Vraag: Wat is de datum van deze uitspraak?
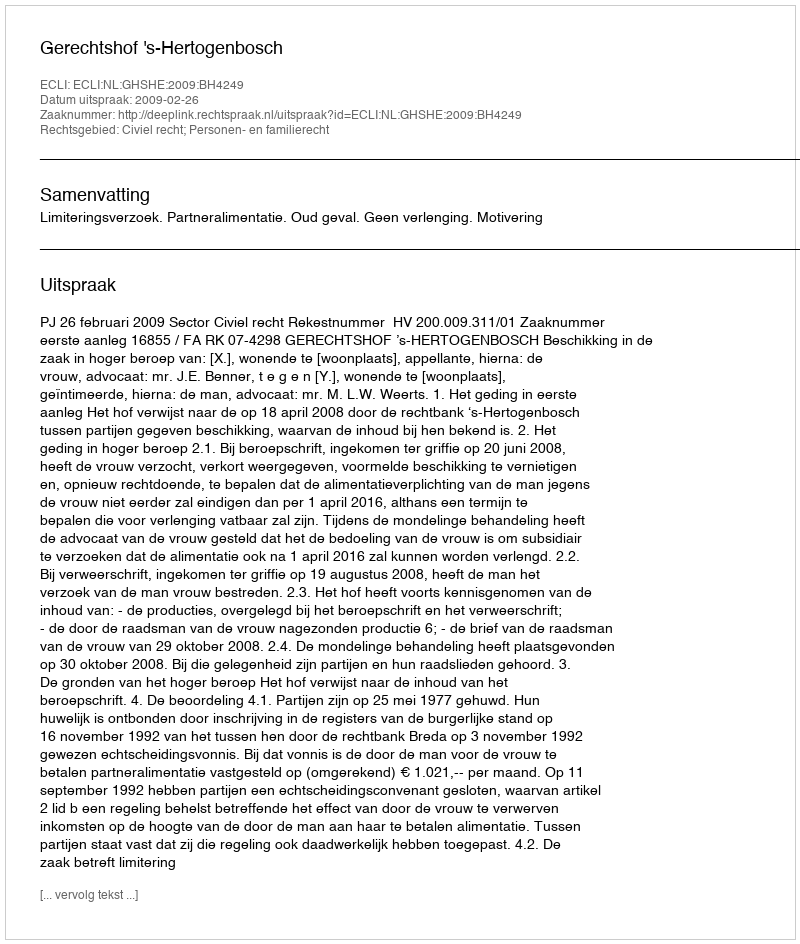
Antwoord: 2009-02-26